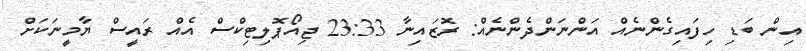
އިން ބަޑި ހިފައިގެންނެއް އަންނަންދެންނެއް: ރޮޒައިނާ 23:33 ޖިއޯޕޮލިޓިކްސް އެއް ރައީސް ޔާމީނަކަށް